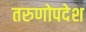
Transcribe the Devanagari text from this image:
तरुणोपदेश